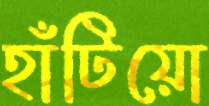
হাঁটিয়ো